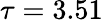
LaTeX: \tau=3.51